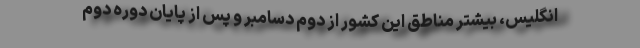
انگلیس، بیشتر مناطق این کشور از دوم دسامبر و پس از پایان دوره دوم